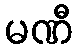
မဏီ